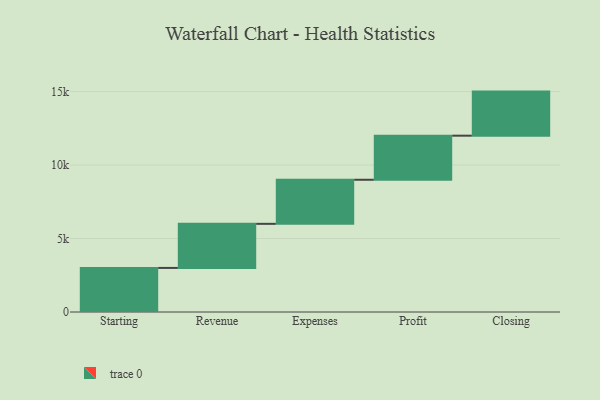
{"axis": {"x": "Step", "y": "Value"}, "legend": [""], "data": [{"x": "Starting", "y": 3000, "type": ""}, {"x": "Revenue", "y": 3000, "type": ""}, {"x": "Expenses", "y": 3000, "type": ""}, {"x": "Profit", "y": 3000, "type": ""}, {"x": "Closing", "y": 3000, "type": ""}]}